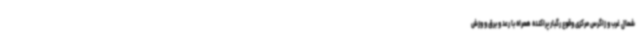
شمال غرب و زاگرس مرکزی وقوع رگبار پراکنده همراه با رعد و برق و وزش